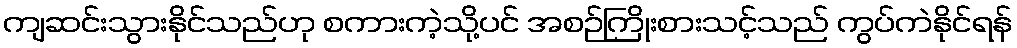
ကျဆင်းသွားနိုင်သည်ဟု စကားကဲ့သို့ပင် အစဉ်ကြိုးစားသင့်သည် ကွပ်ကဲနိုင်ရန်